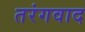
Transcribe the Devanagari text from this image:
तरंगवाद